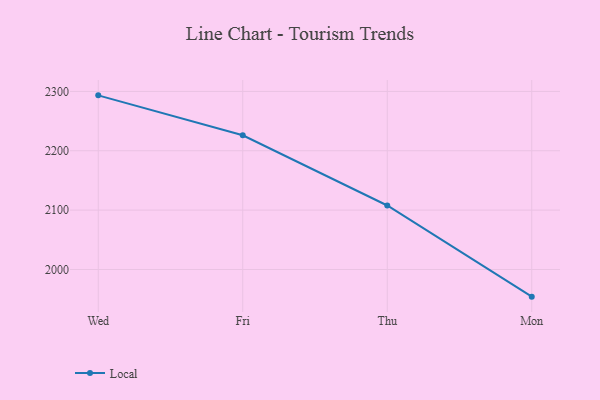
{"axis": {"x": "Day", "y": "Churn Rate (%)"}, "legend": ["Local"], "data": [{"x": "Wed", "y": 2293.4, "type": "Local"}, {"x": "Fri", "y": 2226.2, "type": "Local"}, {"x": "Thu", "y": 2107.8, "type": "Local"}, {"x": "Mon", "y": 1954.2, "type": "Local"}]}